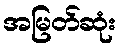
အမြတ်ဆုံး